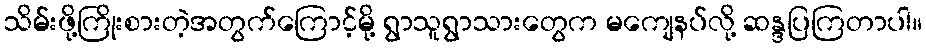
သိမ်းဖို့ကြိုးစားတဲ့အတွက်ကြောင့်မို့ ရွာသူရွာသားတွေက မကျေနပ်လို့ ဆန္ဒပြကြတာပါ။